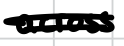
Text: across
Cross-out: double-line
Writing tool: digital_black